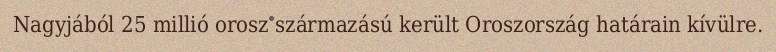
Nagyjából 25 millió orosz származású került Oroszország határain kívülre.